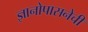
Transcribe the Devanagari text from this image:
ज्ञानोपासनेची